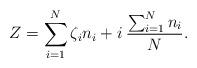
LaTeX: \begin{align*}Z=\sum_{i=1}^N \zeta_in_i +i \: \frac{\sum_{i=1}^N n_i}{N}.\end{align*}